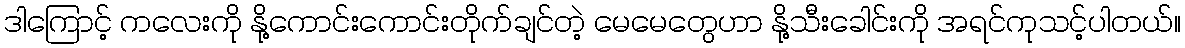
ဒါကြောင့် ကလေးကို နို့ကောင်းကောင်းတိုက်ချင်တဲ့ မေမေတွေဟာ နို့သီးခေါင်းကို အရင်ကုသင့်ပါတယ်။